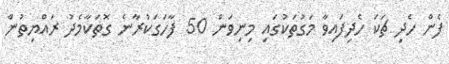
ފެން ހެދި ޗަކަ ހެދިފައިވާ މަގުތަކުގައި މިނިވަން 50 ފާހަގަކުރާނެ ގޮތަކާމެދު ރައްޔިތުން